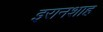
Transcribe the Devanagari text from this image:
इरानशाह